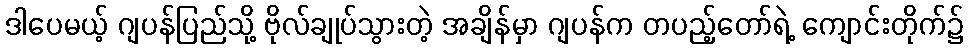
ဒါပေမယ့် ဂျပန်ပြည်သို့ ဗိုလ်ချုပ်သွားတဲ့ အချိန်မှာ ဂျပန်က တပည့်တော်ရဲ့ ကျောင်းတိုက်၌